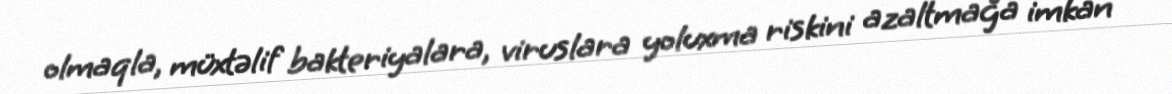
olmaqla, müxtəlif bakteriyalara, viruslara yoluxma riskini azaltmağa imkan